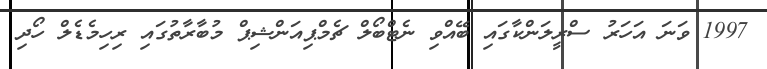
1997 ވަނަ އަހަރު ސްރީލަންކާގައި ބޭއްވި ނެޓްބޯލް ޗެމްޕިއަންޝިޕް މުބާރާތުގައި ރިހިމެޑެލް ހޯދި